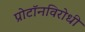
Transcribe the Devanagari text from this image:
प्रोटॉनविरोधी